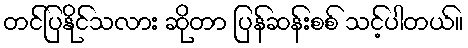
တင်ပြနိုင်သလား ဆိုတာ ပြန်ဆန်းစစ် သင့်ပါတယ်။